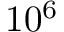
1 0 ^ { 6 }